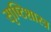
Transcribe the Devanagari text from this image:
सृष्टिशास्त्र